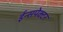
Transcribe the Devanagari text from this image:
ईन्सपेक्टर